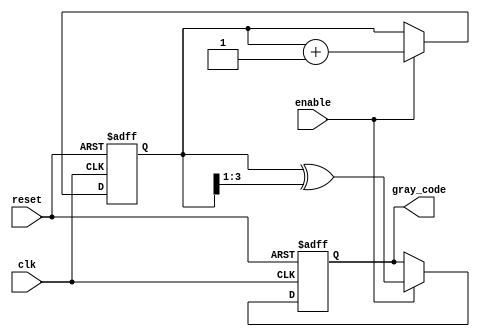
module gray_code_counter #(
    parameter N = 4  // Parameter for the number of bits in the counter
)(
    input wire clk,           // Clock input
    input wire reset,         // Asynchronous reset input
    input wire enable,        // Enable input
    output reg [N-1:0] gray_code  // Output for the Gray code value
);

    reg [N-1:0] binary_counter; // Binary counter register

    // Gray code conversion function
    function [N-1:0] binary_to_gray;
        input [N-1:0] binary;
        begin
            binary_to_gray = binary ^ (binary >> 1);
        end
    endfunction

    // Asynchronous reset and counting logic
    always @(posedge clk or posedge reset) begin
        if (reset) begin
            binary_counter <= 0; // Reset binary counter to 0
            gray_code <= binary_to_gray(0); // Reset Gray code to 0
        end else if (enable) begin
            binary_counter <= binary_counter + 1; // Increment binary counter
            gray_code <= binary_to_gray(binary_counter); // Convert to Gray code
        end
    end

endmodule